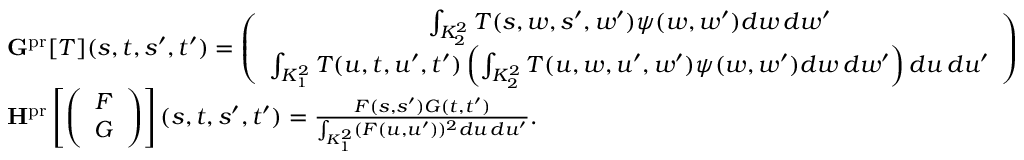
\begin{array} { r l } & { \mathbf { G } ^ { \mathrm { p r } } [ T ] ( s , t , s ^ { \prime } , t ^ { \prime } ) = \left( \begin{array} { c } { \int _ { K _ { 2 } ^ { 2 } } T ( s , w , s ^ { \prime } , w ^ { \prime } ) \psi ( w , w ^ { \prime } ) d w \, d w ^ { \prime } } \\ { \int _ { K _ { 1 } ^ { 2 } } T ( u , t , u ^ { \prime } , t ^ { \prime } ) \left( \int _ { K _ { 2 } ^ { 2 } } T ( u , w , u ^ { \prime } , w ^ { \prime } ) \psi ( w , w ^ { \prime } ) d w \, d w ^ { \prime } \right) d u \, d u ^ { \prime } } \end{array} \right) } \\ & { \mathbf { H } ^ { \mathrm { p r } } \left[ \left( \begin{array} { c } { F } \\ { G } \end{array} \right) \right] ( s , t , s ^ { \prime } , t ^ { \prime } ) = \frac { F ( s , s ^ { \prime } ) G ( t , t ^ { \prime } ) } { \int _ { K _ { 1 } ^ { 2 } } ( F ( u , u ^ { \prime } ) ) ^ { 2 } d u \, d u ^ { \prime } } . } \end{array}